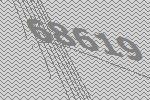
68619